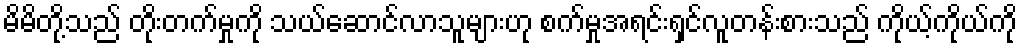
မိမိတို့သည် တိုးတက်မှုကို သယ်ဆောင်လာသူများဟု စက်မှုအရင်းရှင်လူတန်းစားသည် ကိုယ့်ကိုယ်ကို